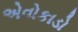
એવોકાડો